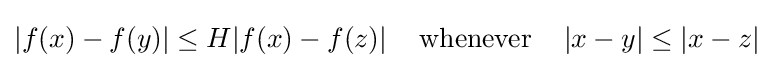
|f(x)-f(y)|\leq H|f(x)-f(z)|\;\;\;{\text{ whenever }}\;\;\;|x-y|\leq |x-z|